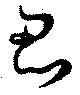
忍